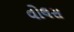
વોલસ